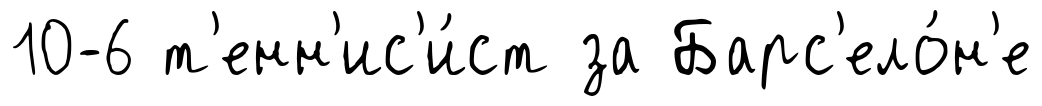
10-6 т'енн'ис'и́ст за Барс'ело́н'е